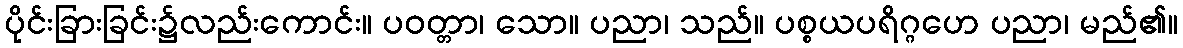
ပိုင်းခြားခြင်း၌လည်းကောင်း။ ပဝတ္တာ၊ သော။ ပညာ၊ သည်။ ပစ္စယပရိဂ္ဂဟေ ပညာ၊ မည်၏။